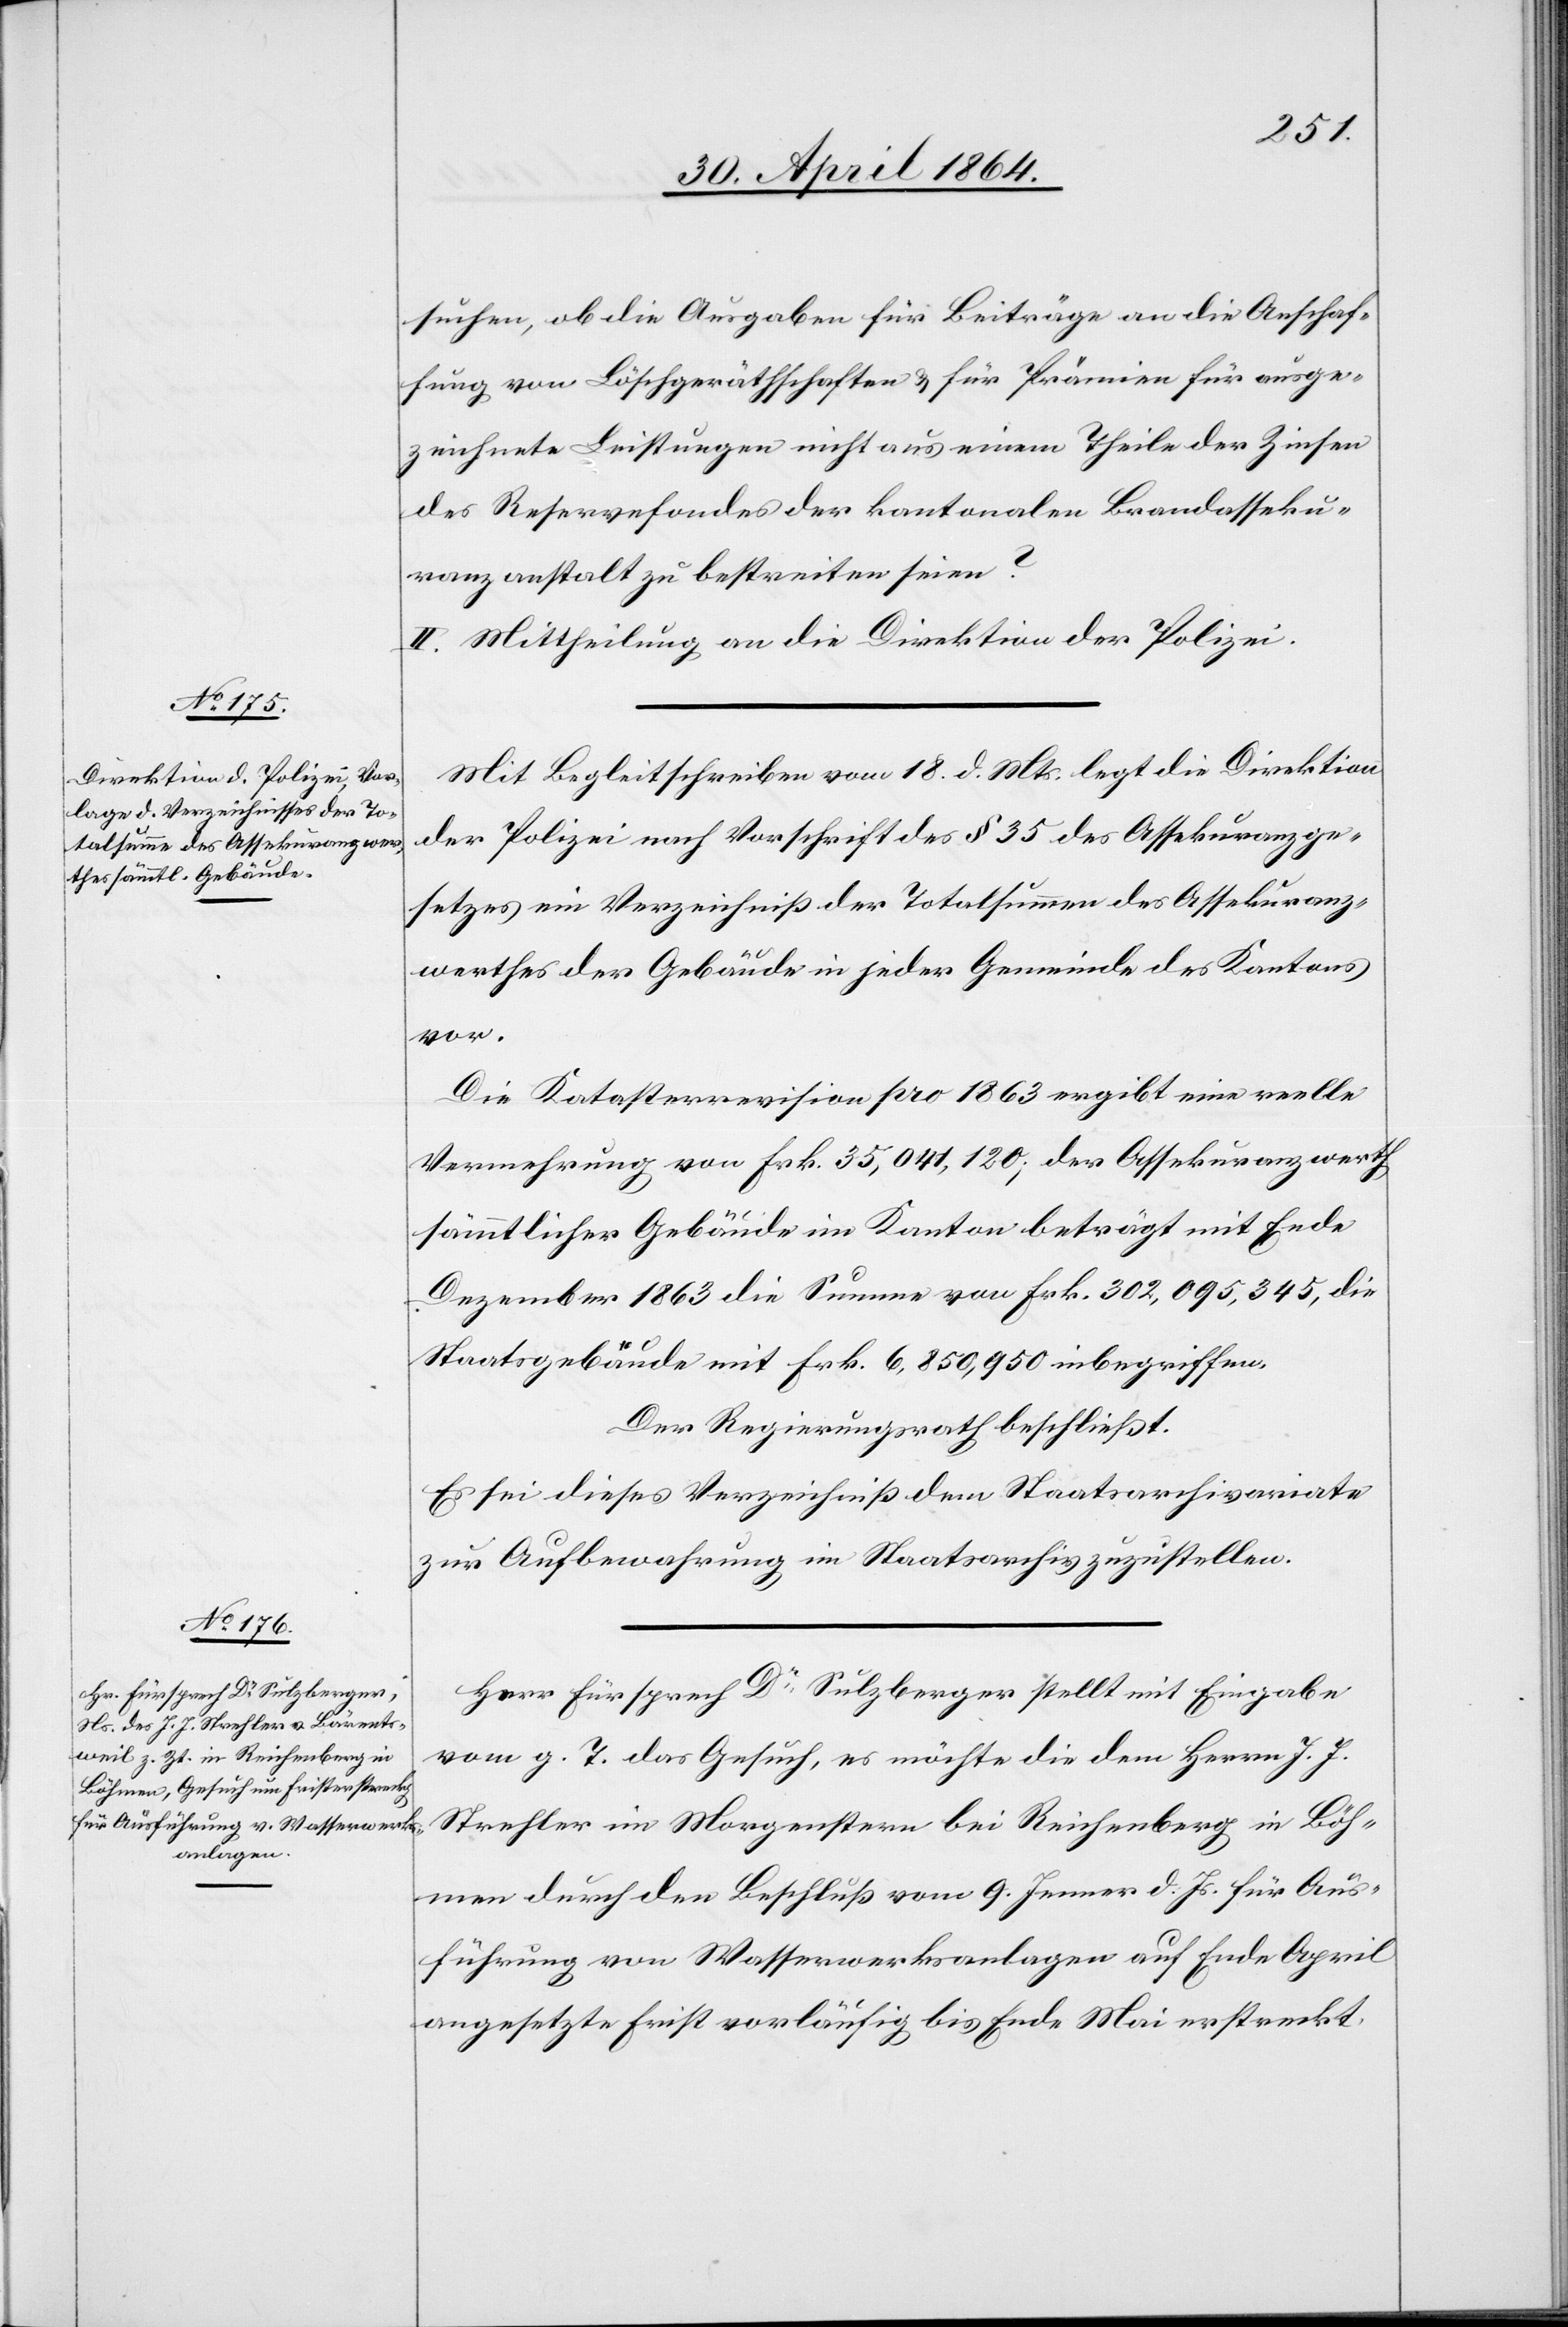
suchen, ob die Ausgaben für Beiträge an die Anschaf¬
fung von Löschgerätschaften u. für Prämien für ausge¬
zeichnete Leistungen nicht aus einem Theile der Zinsen
des Reservefondes der kantonalen Brandasseku¬
ranzanstalt zu bestreiten seien?
II. Mittheilung an die Direktion der Polizei.
Mit Begleitschreiben vom 18. d. Mts. legt die Direktion
der Polizei nach Vorschrift des § 35 des Assekuranzge¬
setzes ein Verzeichniß der Totalsummen des Assekuranz¬
werthes der Gebäude in jeder Gemeinde des Kantons
vor.
Die Katasterrevision pro 1863 ergibt eine reelle
Vermehrung von Frk. 35,041,120; der Assekuranzwerth
sämmtlicher Gebäude im Kanton beträgt mit Ende
Dezember 1863 die Summe von Frk. 302,095,345, die
Staatsgebäude mit Frk. 6,850,950 inbegriffen.
Der Regierungsrath beschließt.
Es sei dieses Verzeichniß dem Staatsarchivariate
zur Aufbewahrung im Staatsarchiv zuzustellen.
Herr Fürsprech Dr Sulzberger stellt mit Eingabe
vom g. T. das Gesuch, es möchte die dem Herrn J. J.
Strehler im Morgenstern bei Reichenberg in Böh¬
men durch den Beschluß vom 9. Jenner d. Js. für Aus¬
führung von Wasserwerksanlagen auf Ende April
angesetzte Frist vorläufig bis Ende Mai erstreckt